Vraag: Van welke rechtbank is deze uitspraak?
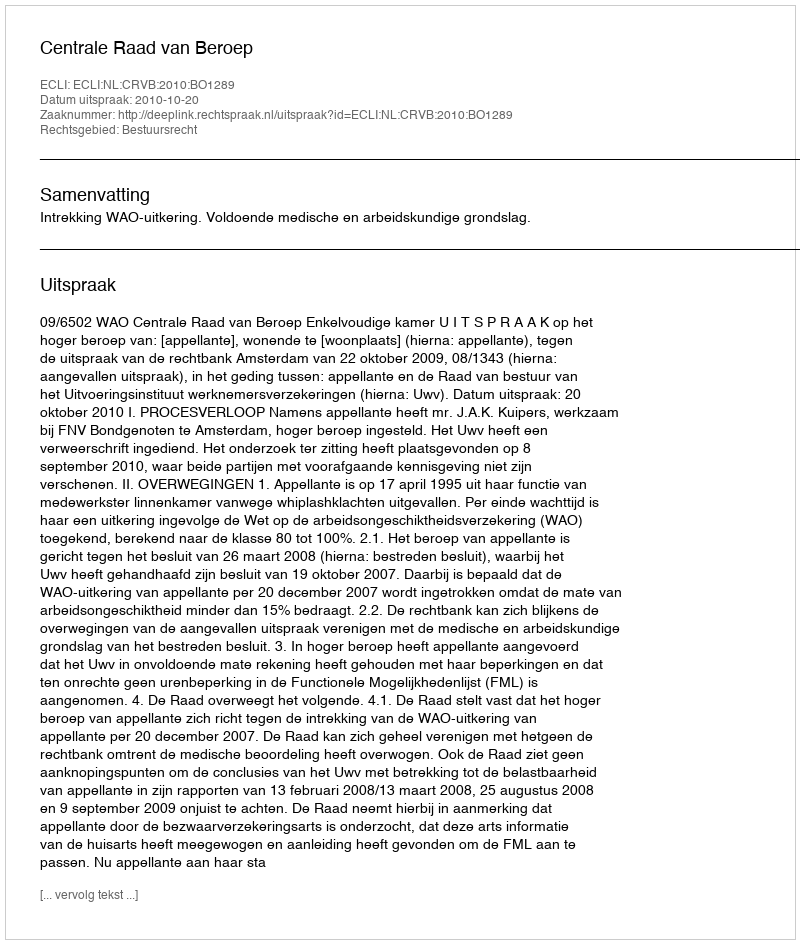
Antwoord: Centrale Raad van Beroep